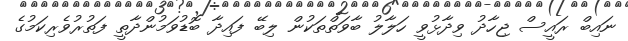
ނައިބް ރައީސް ޖިހާދު ވިދާޅުވީ ހަލާލު ބާވަތްތަކުން ލިބޭ ފައިދާ ބޮޑުވަމުންދާތީ ފަތުރުވެރިކަމުގެ